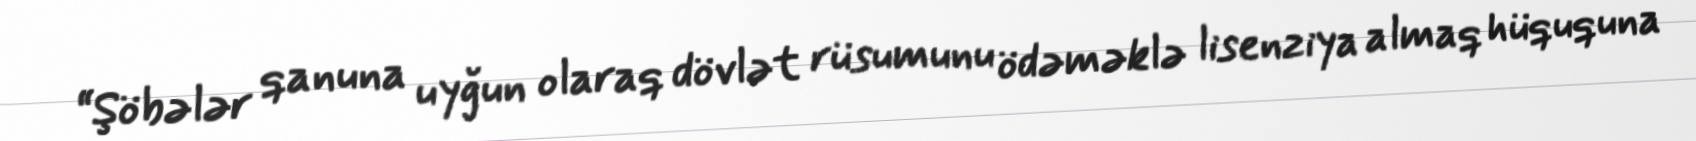
“Şöbələr qanuna uyğun olaraq dövlət rüsumunu ödəməklə lisenziya almaq hüququna